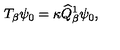
T _ { \beta } \psi _ { 0 } = \kappa \widehat { Q } _ { \beta } ^ { 1 } \psi _ { 0 } ,